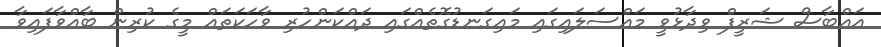
އައްބާސް ޝަރީފް ވިދާޅުވީ މައްސަލައިގައި މައިގަނޑުގޮތެއްގައި ދައްކަންހުރި ވާހަކަތައް މީގެ ކުރިން ބާއްވާފައިވާ